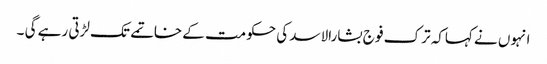
انہوں نے کہاکہ ترک فو ج بشارالاسد کی حکومت کے خاتمے تک لڑتی رہے گی ۔